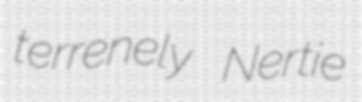
terrenely Nertie